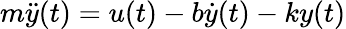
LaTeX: m{\ddot{y}}(t)=u(t)-b{\dot{y}}(t)-ky(t)